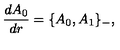
\frac { d A _ { 0 } } { d r } = \{ A _ { 0 } , A _ { 1 } \} _ { - } ,